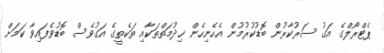
ޕެޓްރޯލްގެ އަގު ސަރުކާރުން ބޮޑުކުރުމުން އެހެނިހެން ޚިދުމަތްތަކާއި ތަކެތީގެ އަގުވެސް ބޮޑުވެފައިވާ ކަމަށް